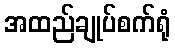
အထည်ချုပ်စက်ရုံ